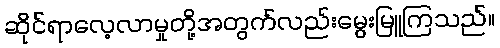
ဆိုင်ရာလေ့လာမှုတို့အတွက်လည်းမွေးမြူကြသည်။